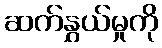
ဆက်နွှယ်မှုကို